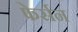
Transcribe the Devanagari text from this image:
फेर्सन